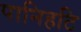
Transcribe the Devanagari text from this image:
पानिहटि